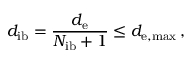
d _ { \mathrm { i b } } = \frac { d _ { \mathrm { e } } } { N _ { \mathrm { i b } } + 1 } \le d _ { \mathrm { e , m a x } } \, ,